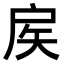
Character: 𢨻